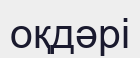
оқдәрі